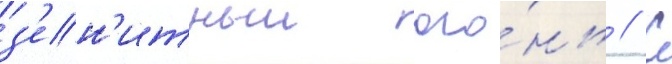
з'ен'итныи ого́нь // С